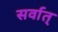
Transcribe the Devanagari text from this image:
सर्वात्